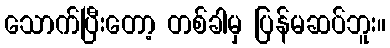
သောက်ပြီးတော့ တစ်ခါမှ ပြန်မဆပ်ဘူး။